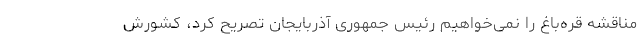
مناقشه قره‌باغ را نمی‌خواهیم رئیس جمهوری آذربایجان تصریح کرد، کشورش